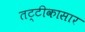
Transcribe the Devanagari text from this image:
तट्टीकासार